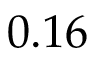
0 . 1 6